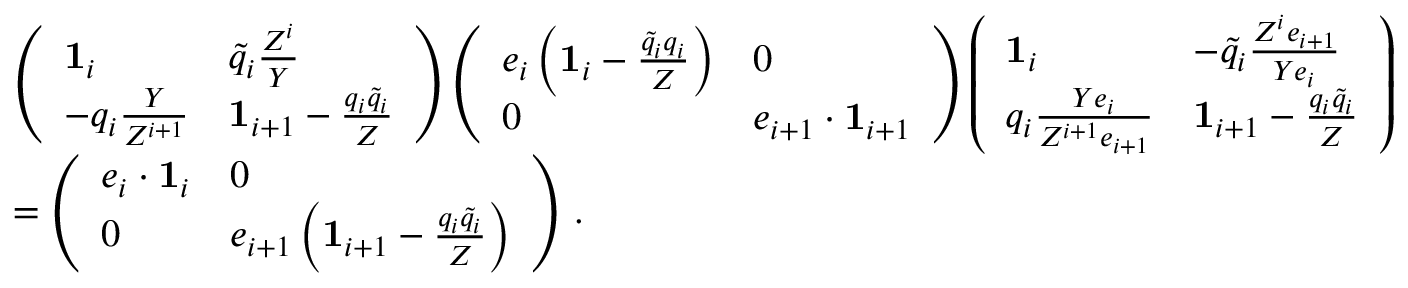
\begin{array} { r l } & { \left( \begin{array} { l l } { \mathbf { 1 } _ { i } } & { \widetilde { q } _ { i } \frac { Z ^ { i } } { Y } } \\ { - q _ { i } \frac { Y } { Z ^ { i + 1 } } } & { \mathbf { 1 } _ { i + 1 } - \frac { q _ { i } \widetilde { q } _ { i } } { Z } } \end{array} \right) \left( \begin{array} { l l } { e _ { i } \left( \mathbf { 1 } _ { i } - \frac { \widetilde { q } _ { i } q _ { i } } { Z } \right) } & { 0 } \\ { 0 } & { e _ { i + 1 } \cdot \mathbf { 1 } _ { i + 1 } } \end{array} \right) \left( \begin{array} { l l } { \mathbf { 1 } _ { i } } & { - \widetilde { q } _ { i } \frac { Z ^ { i } e _ { i + 1 } } { Y e _ { i } } } \\ { q _ { i } \frac { Y e _ { i } } { Z ^ { i + 1 } e _ { i + 1 } } } & { \mathbf { 1 } _ { i + 1 } - \frac { q _ { i } \widetilde { q } _ { i } } { Z } } \end{array} \right) } \\ & { = \left( \begin{array} { l l } { e _ { i } \cdot \mathbf { 1 } _ { i } } & { 0 } \\ { 0 } & { e _ { i + 1 } \left( \mathbf { 1 } _ { i + 1 } - \frac { q _ { i } \widetilde { q } _ { i } } { Z } \right) } \end{array} \right) \, . } \end{array}